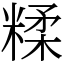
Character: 糅